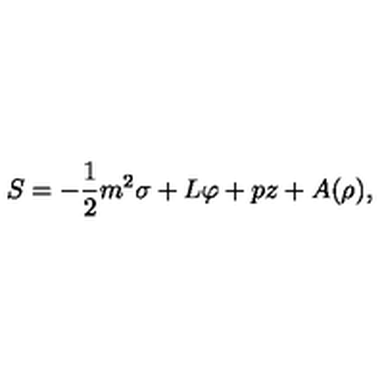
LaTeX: S = - { \frac { 1 } { 2 } } { { m ^ { 2 } } \sigma } + L \varphi + p z + A ( \rho ) ,